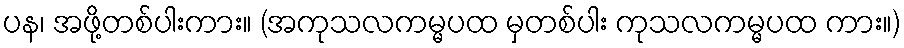
ပန၊ အဖို့တစ်ပါးကား။ (အကုသလကမ္မပထ မှတစ်ပါး ကုသလကမ္မပထ ကား။)